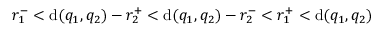
r _ { 1 } ^ { - } < \mathrm { d } ( q _ { 1 } , q _ { 2 } ) - r _ { 2 } ^ { + } < \mathrm { d } ( q _ { 1 } , q _ { 2 } ) - r _ { 2 } ^ { - } < r _ { 1 } ^ { + } < \mathrm { d } ( q _ { 1 } , q _ { 2 } )